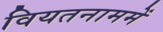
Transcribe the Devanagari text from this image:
वियतनाममें